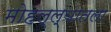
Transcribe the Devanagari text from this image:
मोहल्ल्यातला